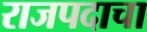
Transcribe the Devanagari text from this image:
राजपदाचा